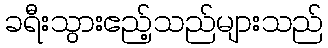
ခရီးသွားဧည့်သည်များသည်